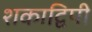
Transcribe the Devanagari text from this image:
शकाद्विपी